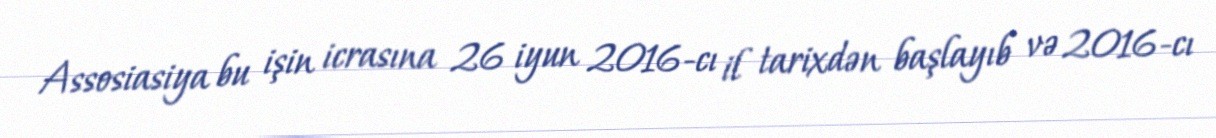
Assosiasiya bu işin icrasına 26 iyun 2016-cı il tarixdən başlayıb və 2016-cı